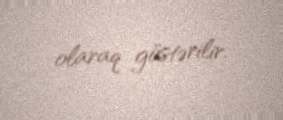
olaraq göstərilir.